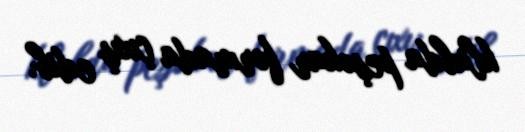
klubda peşəkar formada çıxış edib.